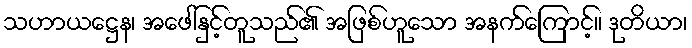
သဟာယဋ္ဌေန၊ အဖေါ်နှင့်တူသည်၏ အဖြစ်ဟူသော အနက်ကြောင့်။ ဒုတိယာ၊